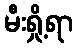
မီးရှို့ရာ